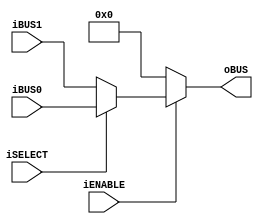

module busdriver
(
    input iENABLE,
    input iSELECT,

    input [31:0] iBUS0,
    input [31:0] iBUS1,

    output [31:0] oBUS

);

assign oBUS = iENABLE ? ( iSELECT ? iBUS0 : iBUS1 ) : 0;

endmodule


module dataselector2
(
	output [7:0] oDATA,

	input iSEL0,
	input [7:0] iDATA0,

	input iSEL1,
	input [7:0] iDATA1,

	input [7:0] dData
);

assign oDATA = iSEL0 ? iDATA0 :
					iSEL1 ? iDATA1 :
					dData;

endmodule

module dataselector4
(
	output [7:0] oDATA,

	input iSEL0,
	input [7:0] iDATA0,

	input iSEL1,
	input [7:0] iDATA1,

	input iSEL2,
	input [7:0] iDATA2,

	input iSEL3,
	input [7:0] iDATA3,

	input [7:0] dData
);

assign oDATA = iSEL0 ? iDATA0 :
					iSEL1 ? iDATA1 :
					iSEL2 ? iDATA2 :
					iSEL3 ? iDATA3 :
					dData;

endmodule